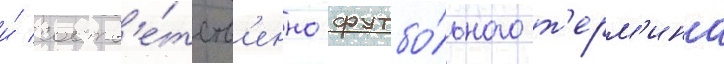
и́ соотв'е́тств'енно футбо́льного т'ерм'ина